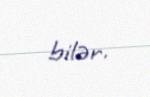
bilər.